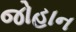
જોહાન